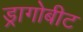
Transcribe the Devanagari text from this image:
ड्रागोबीट